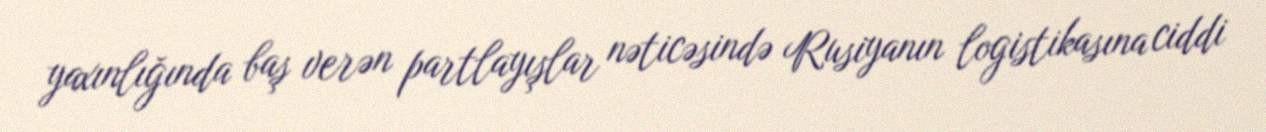
yaxınlığında baş verən partlayışlar nəticəsində Rusiyanın logistikasına ciddi